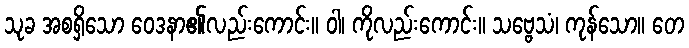
သုခ အစရှိသော ဝေဒနာ၏လည်းကောင်း။ ဝါ၊ ကိုလည်းကောင်း။ သဗ္ဗေသံ၊ ကုန်သော။ တေ